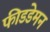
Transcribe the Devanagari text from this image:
फीडडेमन